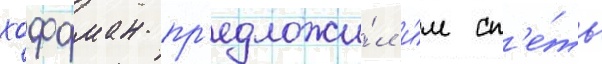
хоффман пр'едложи́л и́м сп'е́ть